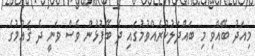
މިއަދު ބޭއްވި މި ބައްދަލުކުރެއްވުމުގައި ދެ ބޭފުޅުން ވެސް ވަނީ ދެ ޤައުމުގެ